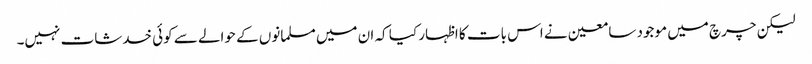
لیکن چرچ میں موجود سامعین نے اس بات کا اظہار کیا کہ ان میں مسلمانوں کے حوالے سے کوئی خدشات نہیں۔